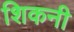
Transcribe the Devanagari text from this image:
शिकनी